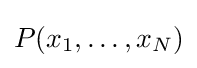
P(x_{1},\dots ,x_{N})